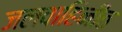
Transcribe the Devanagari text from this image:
जलवाहिनीत